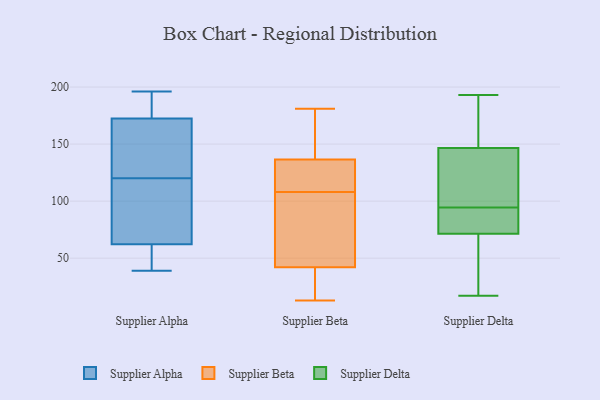
{"axis": {"x": "Net Income (USD K)", "y": "Value"}, "legend": ["Supplier Alpha", "Supplier Beta", "Supplier Delta"], "data": [{"x": "", "y": 171, "type": "Supplier Alpha"}, {"x": "", "y": 182, "type": "Supplier Alpha"}, {"x": "", "y": 120, "type": "Supplier Alpha"}, {"x": "", "y": 184, "type": "Supplier Alpha"}, {"x": "", "y": 196, "type": "Supplier Alpha"}, {"x": "", "y": 62, "type": "Supplier Alpha"}, {"x": "", "y": 131, "type": "Supplier Alpha"}, {"x": "", "y": 46, "type": "Supplier Alpha"}, {"x": "", "y": 179, "type": "Supplier Alpha"}, {"x": "", "y": 63, "type": "Supplier Alpha"}, {"x": "", "y": 133, "type": "Supplier Alpha"}, {"x": "", "y": 39, "type": "Supplier Alpha"}, {"x": "", "y": 74, "type": "Supplier Alpha"}, {"x": "", "y": 39, "type": "Supplier Alpha"}, {"x": "", "y": 39, "type": "Supplier Alpha"}, {"x": "", "y": 173, "type": "Supplier Alpha"}, {"x": "", "y": 93, "type": "Supplier Alpha"}, {"x": "", "y": 138, "type": "Supplier Alpha"}, {"x": "", "y": 81, "type": "Supplier Alpha"}, {"x": "", "y": 108, "type": "Supplier Beta"}, {"x": "", "y": 150, "type": "Supplier Beta"}, {"x": "", "y": 173, "type": "Supplier Beta"}, {"x": "", "y": 140, "type": "Supplier Beta"}, {"x": "", "y": 181, "type": "Supplier Beta"}, {"x": "", "y": 73, "type": "Supplier Beta"}, {"x": "", "y": 116, "type": "Supplier Beta"}, {"x": "", "y": 55, "type": "Supplier Beta"}, {"x": "", "y": 126, "type": "Supplier Beta"}, {"x": "", "y": 30, "type": "Supplier Beta"}, {"x": "", "y": 13, "type": "Supplier Beta"}, {"x": "", "y": 45, "type": "Supplier Beta"}, {"x": "", "y": 17, "type": "Supplier Beta"}, {"x": "", "y": 41, "type": "Supplier Beta"}, {"x": "", "y": 123, "type": "Supplier Beta"}, {"x": "", "y": 56, "type": "Supplier Delta"}, {"x": "", "y": 170, "type": "Supplier Delta"}, {"x": "", "y": 94, "type": "Supplier Delta"}, {"x": "", "y": 111, "type": "Supplier Delta"}, {"x": "", "y": 122, "type": "Supplier Delta"}, {"x": "", "y": 141, "type": "Supplier Delta"}, {"x": "", "y": 62, "type": "Supplier Delta"}, {"x": "", "y": 81, "type": "Supplier Delta"}, {"x": "", "y": 58, "type": "Supplier Delta"}, {"x": "", "y": 95, "type": "Supplier Delta"}, {"x": "", "y": 163, "type": "Supplier Delta"}, {"x": "", "y": 17, "type": "Supplier Delta"}, {"x": "", "y": 152, "type": "Supplier Delta"}, {"x": "", "y": 82, "type": "Supplier Delta"}, {"x": "", "y": 193, "type": "Supplier Delta"}, {"x": "", "y": 92, "type": "Supplier Delta"}]}